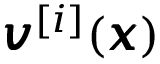
{ \pmb v } ^ { [ i ] } ( { \pmb x } )